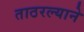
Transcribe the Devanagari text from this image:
ताठरल्याने